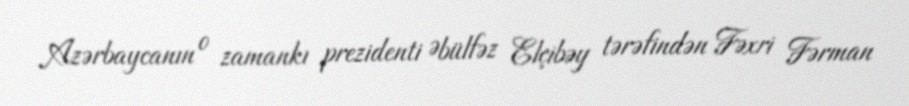
Azərbaycanın o zamankı prezidenti Əbülfəz Elçibəy tərəfindən Fəxri Fərman